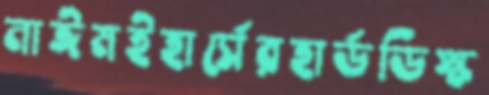
নাঈমইহার্সেরহার্ডডিস্ক